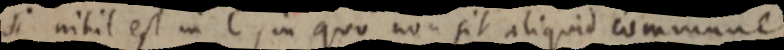
si nihil est in C, in quo non sit aliquid commune